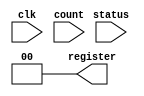
module register(clk, status, count, register);
  parameter n = 1;
 
  output reg [n:0] register;
  input [1:0] count;
  input status, clk;
 
  // Set the initial value
  initial 
      register <= 2'b00;

  always @(posedge clk) begin
    if ((status == 0) && (count == 01)) 
          register = register + 01;
    if(register == 11) 
      register = register + 01;

    end
  always @(posedge status)
          register = 00;
endmodule